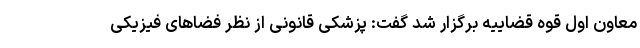
معاون اول قوه قضاییه برگزار شد گفت: پزشکی قانونی از نظر فضاهای فیزیکی